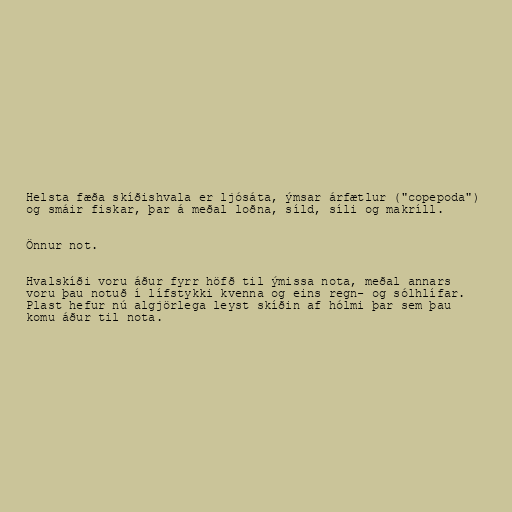
Helsta fæða skíðishvala er ljósáta, ýmsar árfætlur ("copepoda")
og smáir fiskar, þar á meðal loðna, síld, síli og makríll.

Önnur not.

Hvalskíði voru áður fyrr höfð til ýmissa nota, meðal annars
voru þau notuð í lífstykki kvenna og eins regn- og sólhlífar.
Plast hefur nú algjörlega leyst skíðin af hólmi þar sem þau
komu áður til nota.